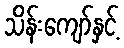
သိန်းကျော်နှင့်